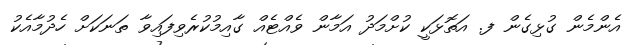
އެންމެން ގުޅިގެން ފ. އަތޮޅަކީ ކުށްމަދު އަމާން ވެއްޓެއް ގާއިމުކުރެވިފައިވާ ތަނަކަށް ހެދުމާއެކު